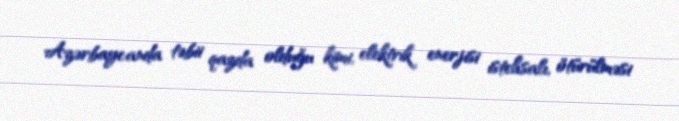
Azərbaycanda təbii qazda olduğu kimi, elektrik enerjisi istehsalı, ötürülməsi